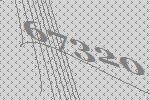
67320